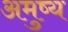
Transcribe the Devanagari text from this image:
अमुष्य